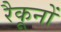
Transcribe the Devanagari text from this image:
रैकूनों